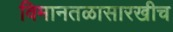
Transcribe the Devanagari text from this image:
विमानतळासारखीच